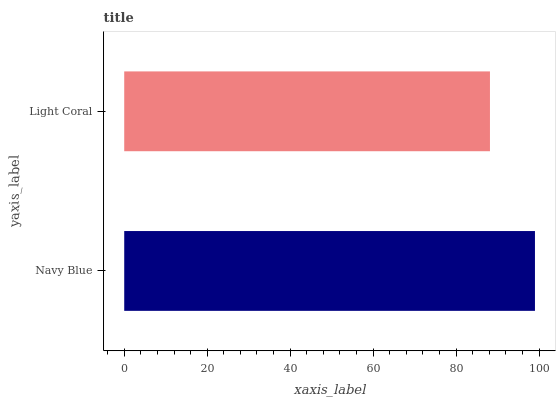
| yaxis_label | bars |
 | --- | --- |
 | Navy Blue | 99 |
 | Light Coral | 88.2 |